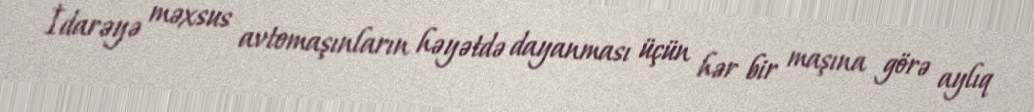
İdarəyə məxsus avtomaşınların həyətdə dayanması üçün hər bir maşına görə aylıq